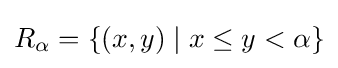
R_{\alpha }=\{(x,y)\mid x\leq y<\alpha \}